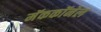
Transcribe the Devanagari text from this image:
मॅककॉनेल